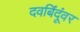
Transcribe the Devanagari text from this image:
दवबिंदूंवर